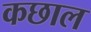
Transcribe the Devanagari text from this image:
कछाल